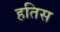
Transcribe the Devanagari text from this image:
हतिस